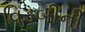
વિડબીની